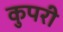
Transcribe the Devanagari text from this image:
कुपरी